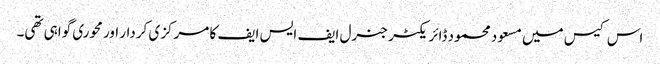
اس کیس میں مسعود محمود ڈائر یکٹر جنرل ایف ایس ایف کا مرکزی کردار اور محوری گواہی تھی۔